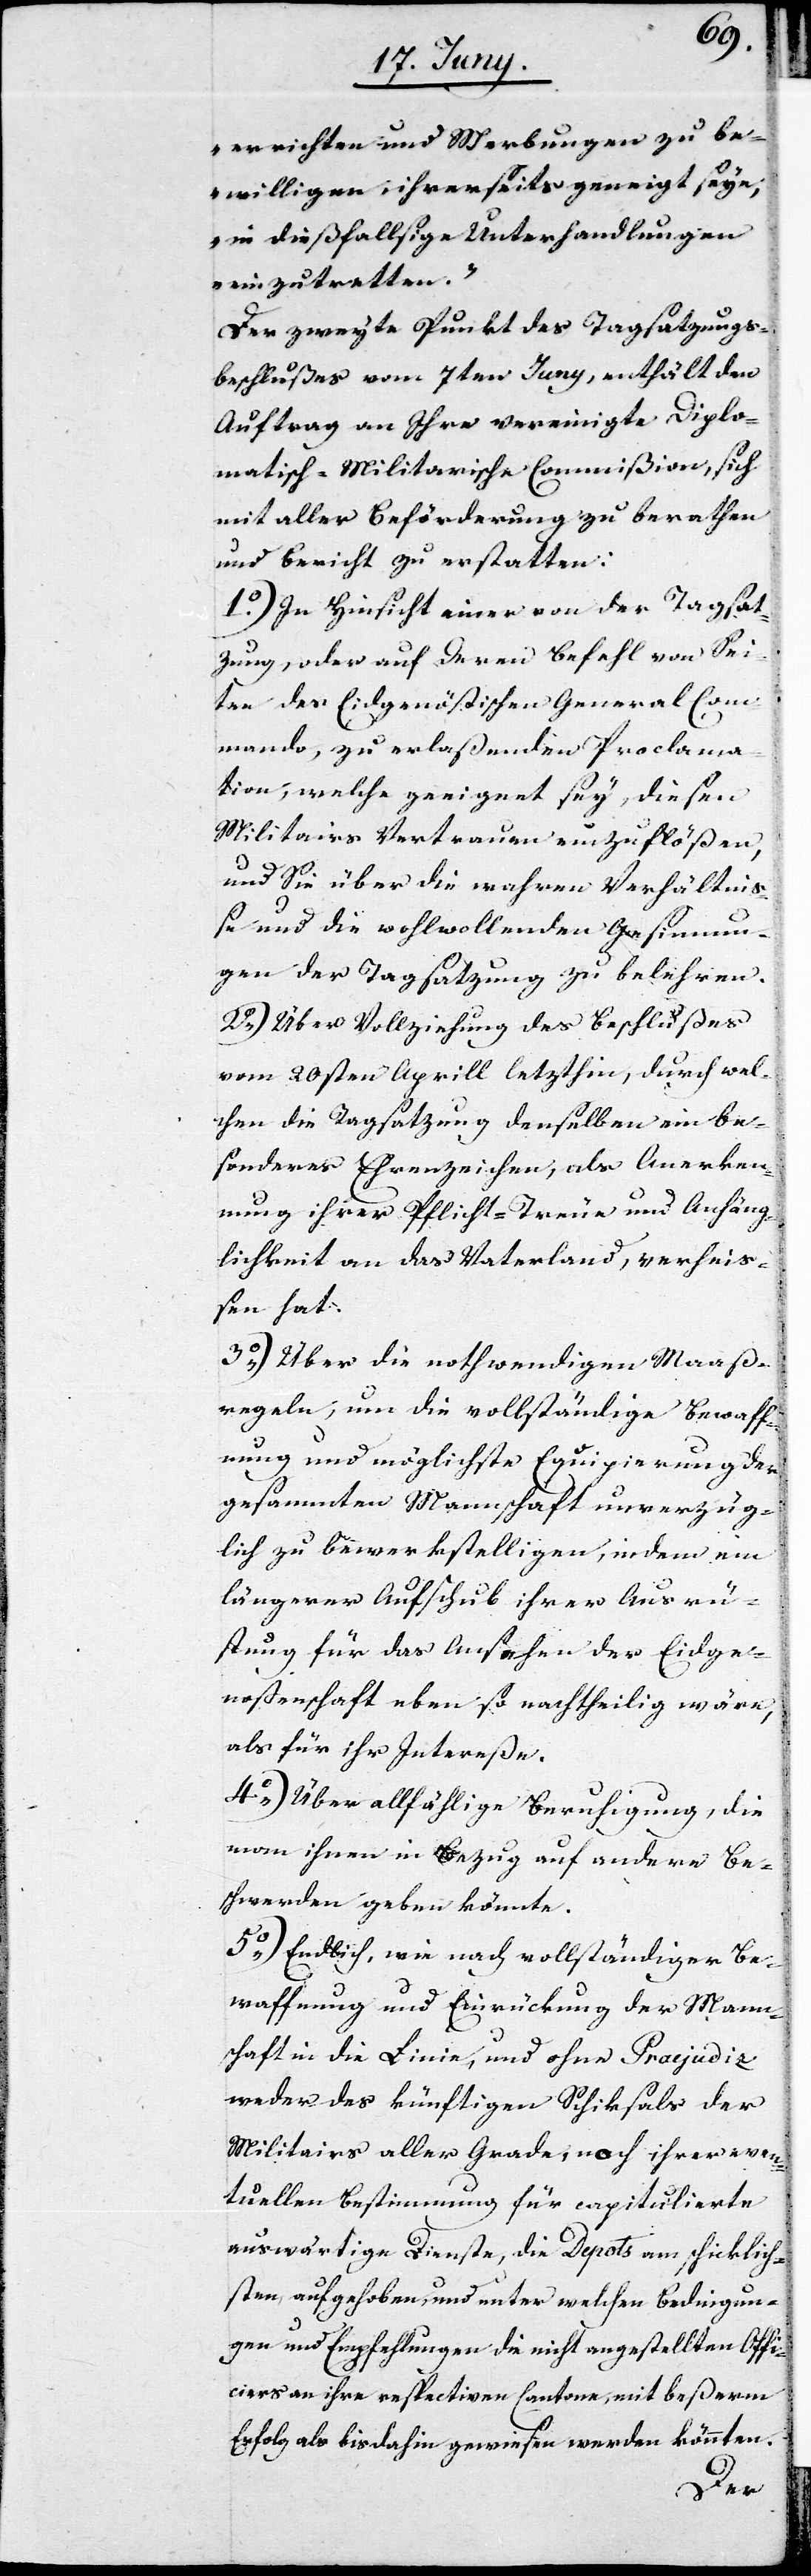
errichten und Werbungen zu be¬
willigen, ihrerseits geneigt seyn,
in dießfallsige Unterhandlungen
einzutretten.“
Der zweyte Punkt des Tagsatzungs¬
bschlußes vom 7ten Juny, enthält den
Auftrag an Ihre vereinigte Diplo¬
matisch-Militarische Commißion, sich
mit aller Beförderung zu berathen
und Bericht zu erstatten:
1o) In Hinsicht einer von der Tagsat¬
zung, oder auf Ihren Befehl von Sei¬
ten des Eidgenößischen Generalcom¬
mando, zu erlaßenden Proclama¬
tion, welche geeignet sey, diesen
Militairs Vertrauen einzuflößen,
und Sie über die wahren Verhältni¬
ße und die wohlwollenden Gesinnun¬
gen der Tagsatzung zu belehren.
2o) Über Vollziehung des Beschlußes
vom 20sten Aprill letzthin, durch wel¬
chen die Tagsatzung denselben ein be¬
sonderes Ehrenzeichen, als Anerken¬
nung ihrer Pflicht-Treue und Anhäng¬
lichkeit an das Vaterland, verheiß¬
en hat.
3o) Über die nothwendigen Maaß¬
regeln, um die vollständige Bewaff¬
nung und möglichste Equipierung der
gesammten Mannschaft unverzüg¬
lich zu bewerkstelligen, indem ein
längerer Aufschub ihrer Ausrü¬
stung für das Ansehen der Eidge¬
noßenschaft eben so nachtheilig wäre,
als für ihr Intereße.
4o) Über allfählige Beruhigung, die
man ihnen in Bezug auf andere Be¬
schwerden geben könnte.
5o) Endlich, wie nach vollständiger Be¬
waffnung und Einrückung der Mann¬
schaft in die Linie, und ohne Praejudiz
weder des künftigen Schiksals der
Militairs aller Grade, noch ihrer even¬
tuellen Bestimmung für capitulierte
auswärtige Dienste, die Depots am schicklich¬
sten aufgehoben, und unter welchen Bedingun¬
gen und Empfehlungen die nicht angestellten Offi¬
ciers an ihre resprectiven Cantone mit beßerm
Erfolg als bis dahin gewiesen werden könnten.